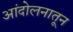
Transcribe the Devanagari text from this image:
आंदोलनातून